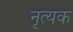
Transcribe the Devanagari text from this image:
नृत्यक